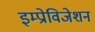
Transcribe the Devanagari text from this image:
इम्प्रोविजेशन